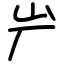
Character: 屵